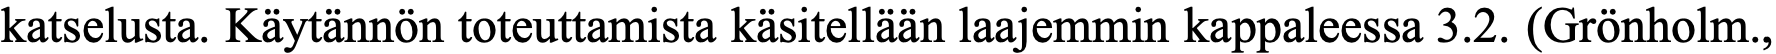
katselusta. Käytännön toteuttamista käsitellään laajemmin kappaleessa 3.2. (Grönholm.,